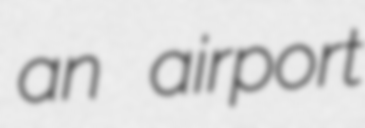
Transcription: an airport